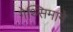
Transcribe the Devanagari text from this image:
गेथ्सिमाने